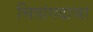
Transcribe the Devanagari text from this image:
चित्रांगदाचा